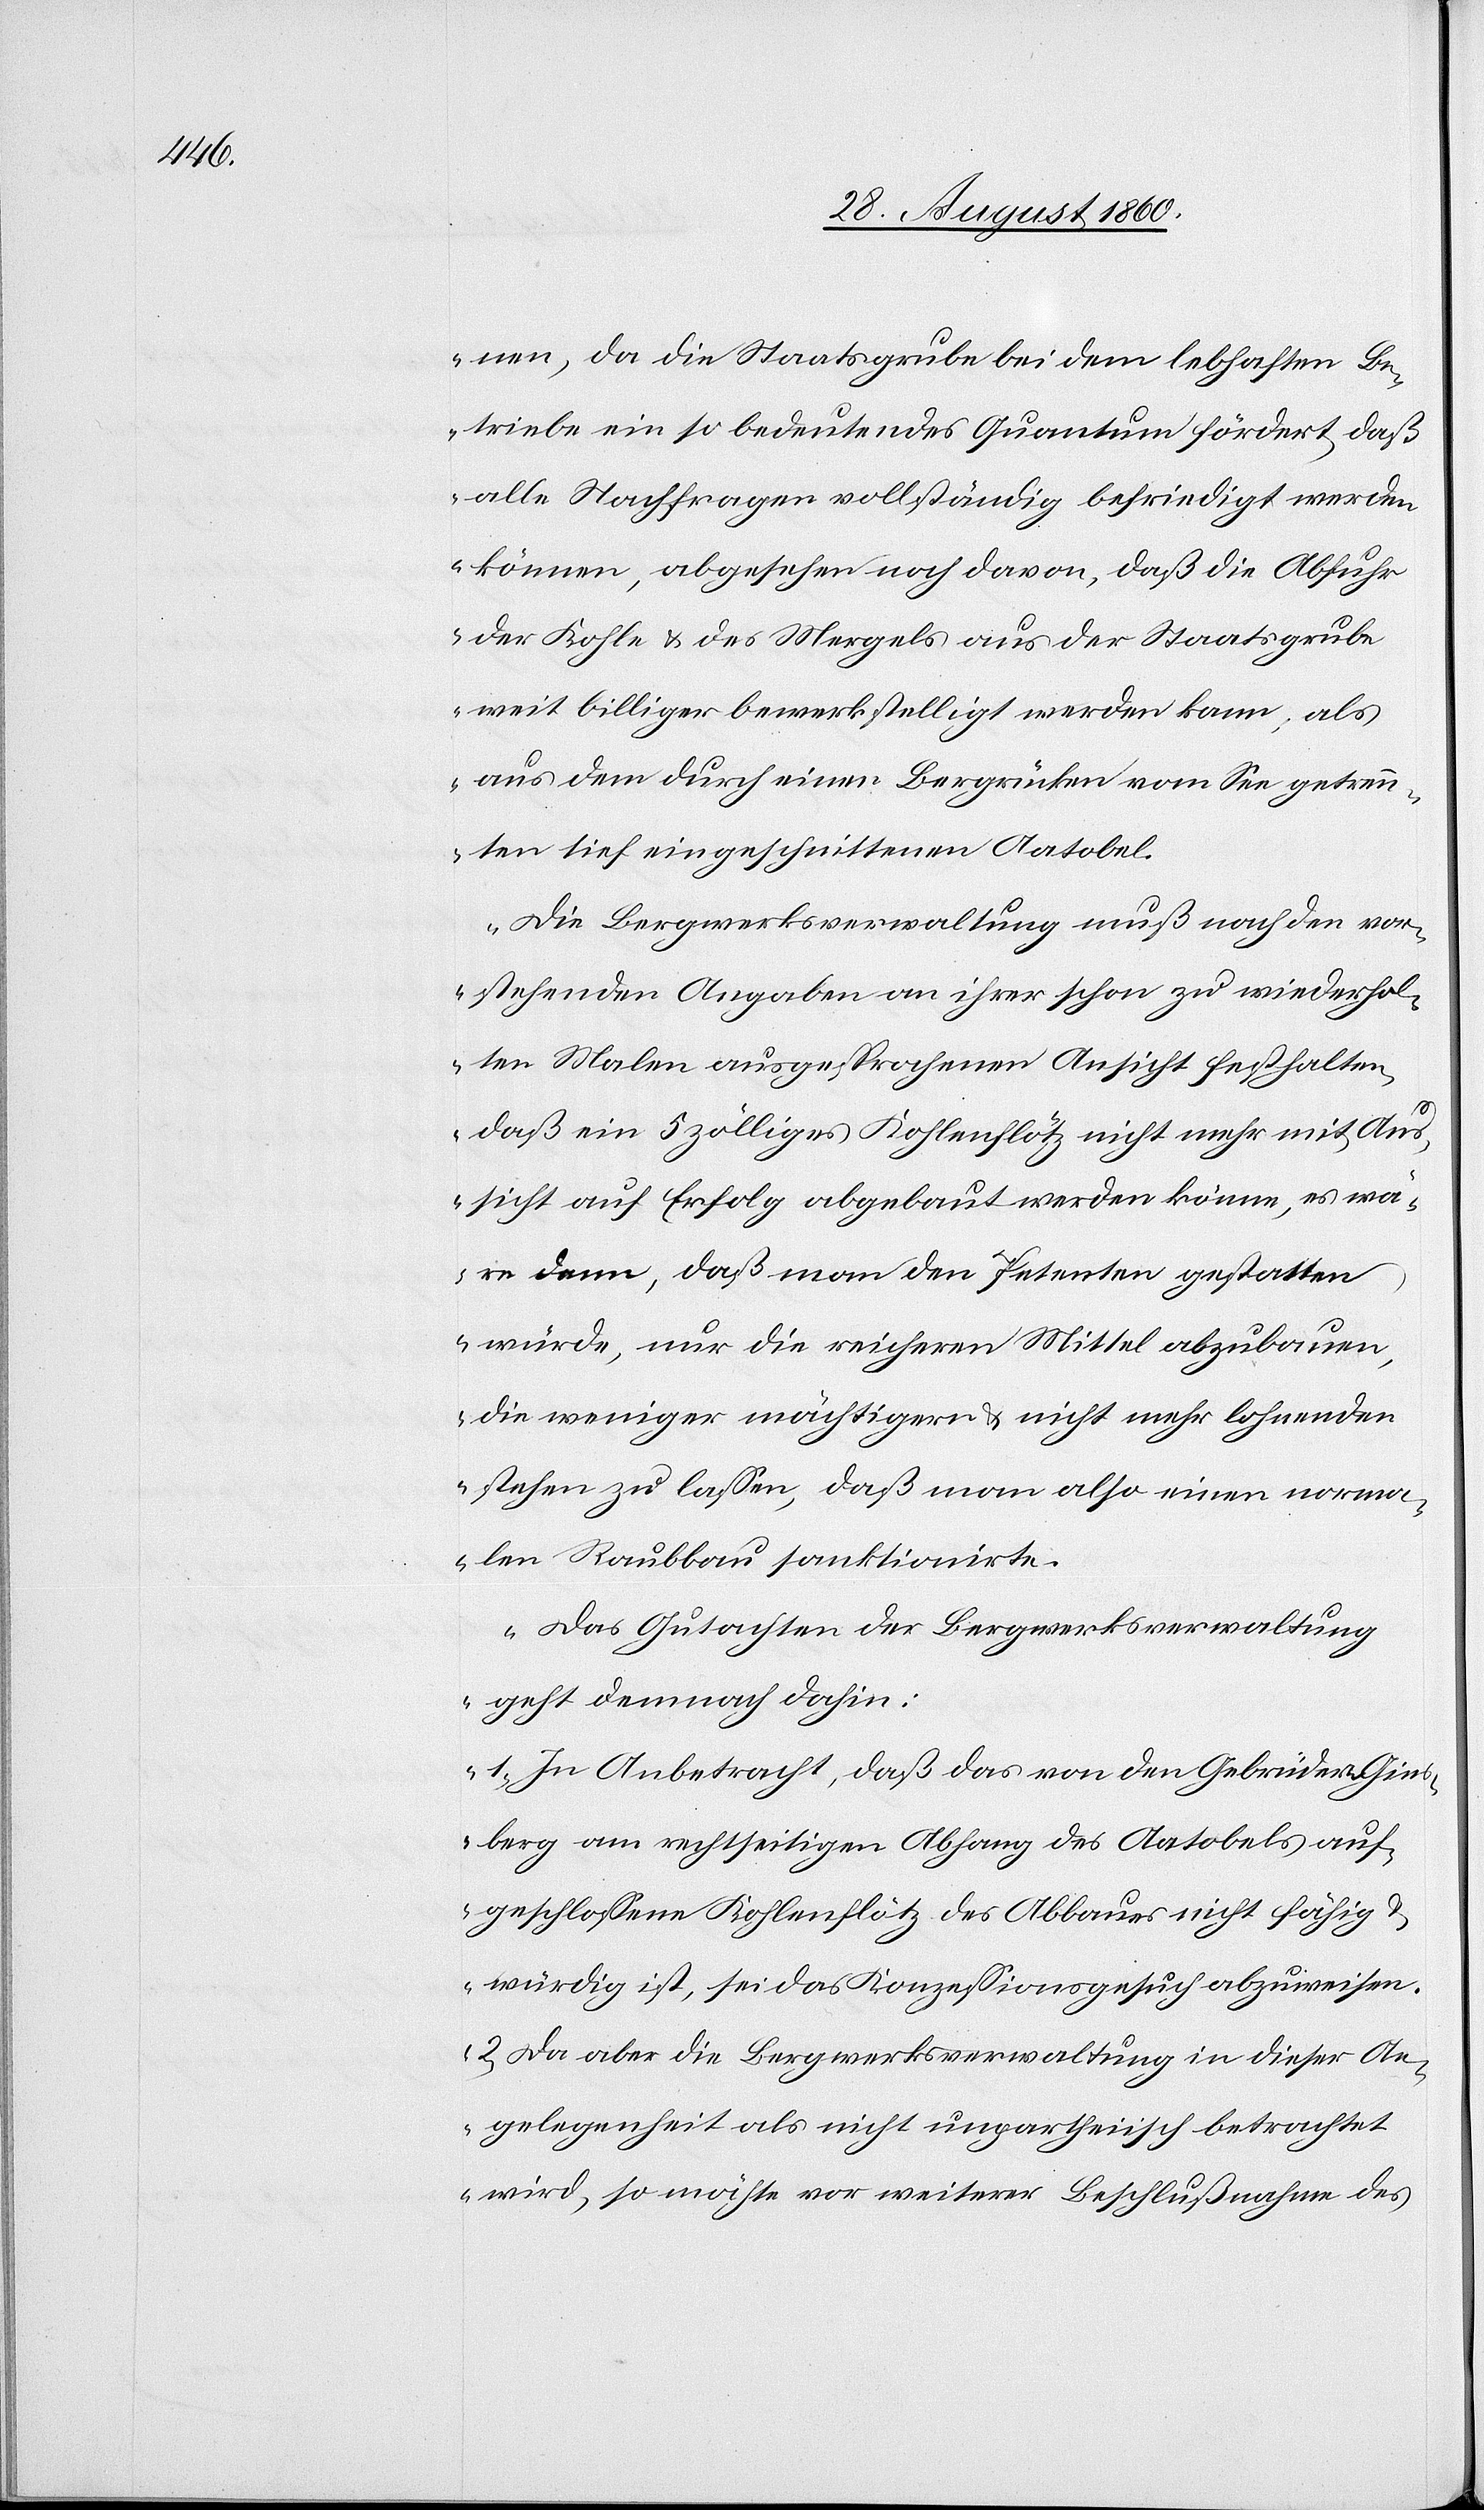
nen, da die Staatsgrube bei dem lebhaften Be¬
triebe ein so bedeutendes Quantum fördert, dass
alle Nachfragen vollständig befriedigt werden
können, abgesehen noch davon, dass die Abfuhr
der Kohle u. des Mergels aus der Staatsgrube
weit billiger bewerkstelligt werden kann, als
aus dem durch einen Bergrücken vom See getrenn¬
ten tief eingeschnittenen Aatobel.
Die Bergwerksverwaltung muss nach den vor¬
stehenden Angaben an ihrer schon zu wiederhol¬
ten Malen ausgesprochenen Ansicht festhalten,
dass ein 5 zölliges Kohlenflötz nicht mehr mit Aus¬
sicht auf Erfolg abgebaut werden könne, es wä¬
re denn, dass man den Petenten gestatten
würde, nur die reichern Mittel abzubauen,
die weniger mächtigern u. nicht mehr lohneden
stehen zu lassen, dass man also einen norma¬
len Raubbau sanktionirte.
Das Gutachten der Bergwerksverwaltung
geht demnach dahin:
1) In Anbetracht, dass das von den Gebrüder Gins¬
berg am rechtseitigen Abhang des Aatobels auf¬
geschlossene Kohlenflötz des Abbaues nicht fähig u.
würdig ist, sei das Conzessionsgesuch abzuweisen.
2. Da aber die Bergwerksverwaltung in dieser An¬
gelegenheit als nicht unpartheiisch betrachtet
wird, so möchte vor weiterer Beschlussnahme des